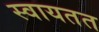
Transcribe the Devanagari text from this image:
स्वायतत